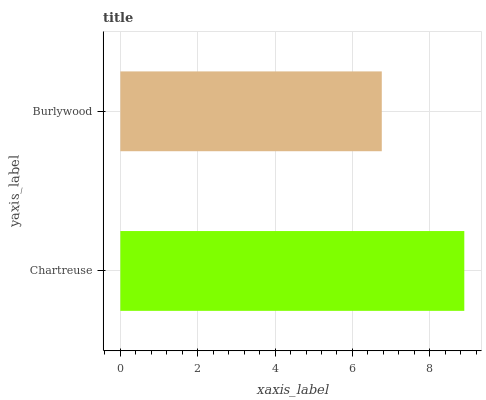
| yaxis_label | bars |
 | --- | --- |
 | Chartreuse | 8.89 |
 | Burlywood | 6.76 |